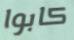
كابوا